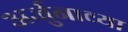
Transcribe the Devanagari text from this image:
अर्जुनाव्या